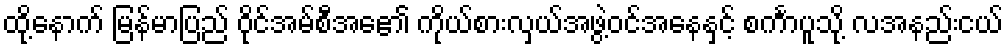
ထို့နောက် မြန်မာပြည် ဝိုင်အမ်စီအေ၏ ကိုယ်စားလှယ်အဖွဲ့ဝင်အနေနှင့် စင်္ကာပူသို့ လအနည်းငယ်